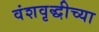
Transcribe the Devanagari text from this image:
वंशवृद्धीच्या